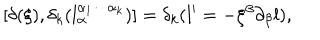
LaTeX: [ \delta ( \xi ) , \delta _ { k } ( l _ { \alpha } ^ { \alpha _ { 1 } \cdots \alpha _ { k } } ) ] = \delta _ { k } ( l ^ { \prime } = - \xi ^ { \beta } \partial _ { \beta } l ) ,